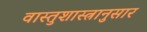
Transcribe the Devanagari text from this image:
वास्तुशास्त्रानुसार